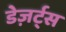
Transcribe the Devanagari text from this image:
डेज़र्ट्स